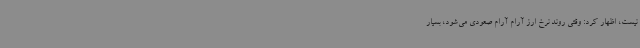
نیست، اظهار کرد: وقتی روند نرخ ارز آرام آرام صعودی می‌شود، بسیار